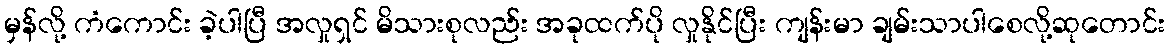
မှန်လို့ ကံကောင်း ခဲ့ပါပြီ အလှုရှင် မိသားစုလည်း အခုထက်ပို လှုနိုင်ပြီး ကျန်းမာ ချမ်းသာပါစေလို့ဆုတောင်း